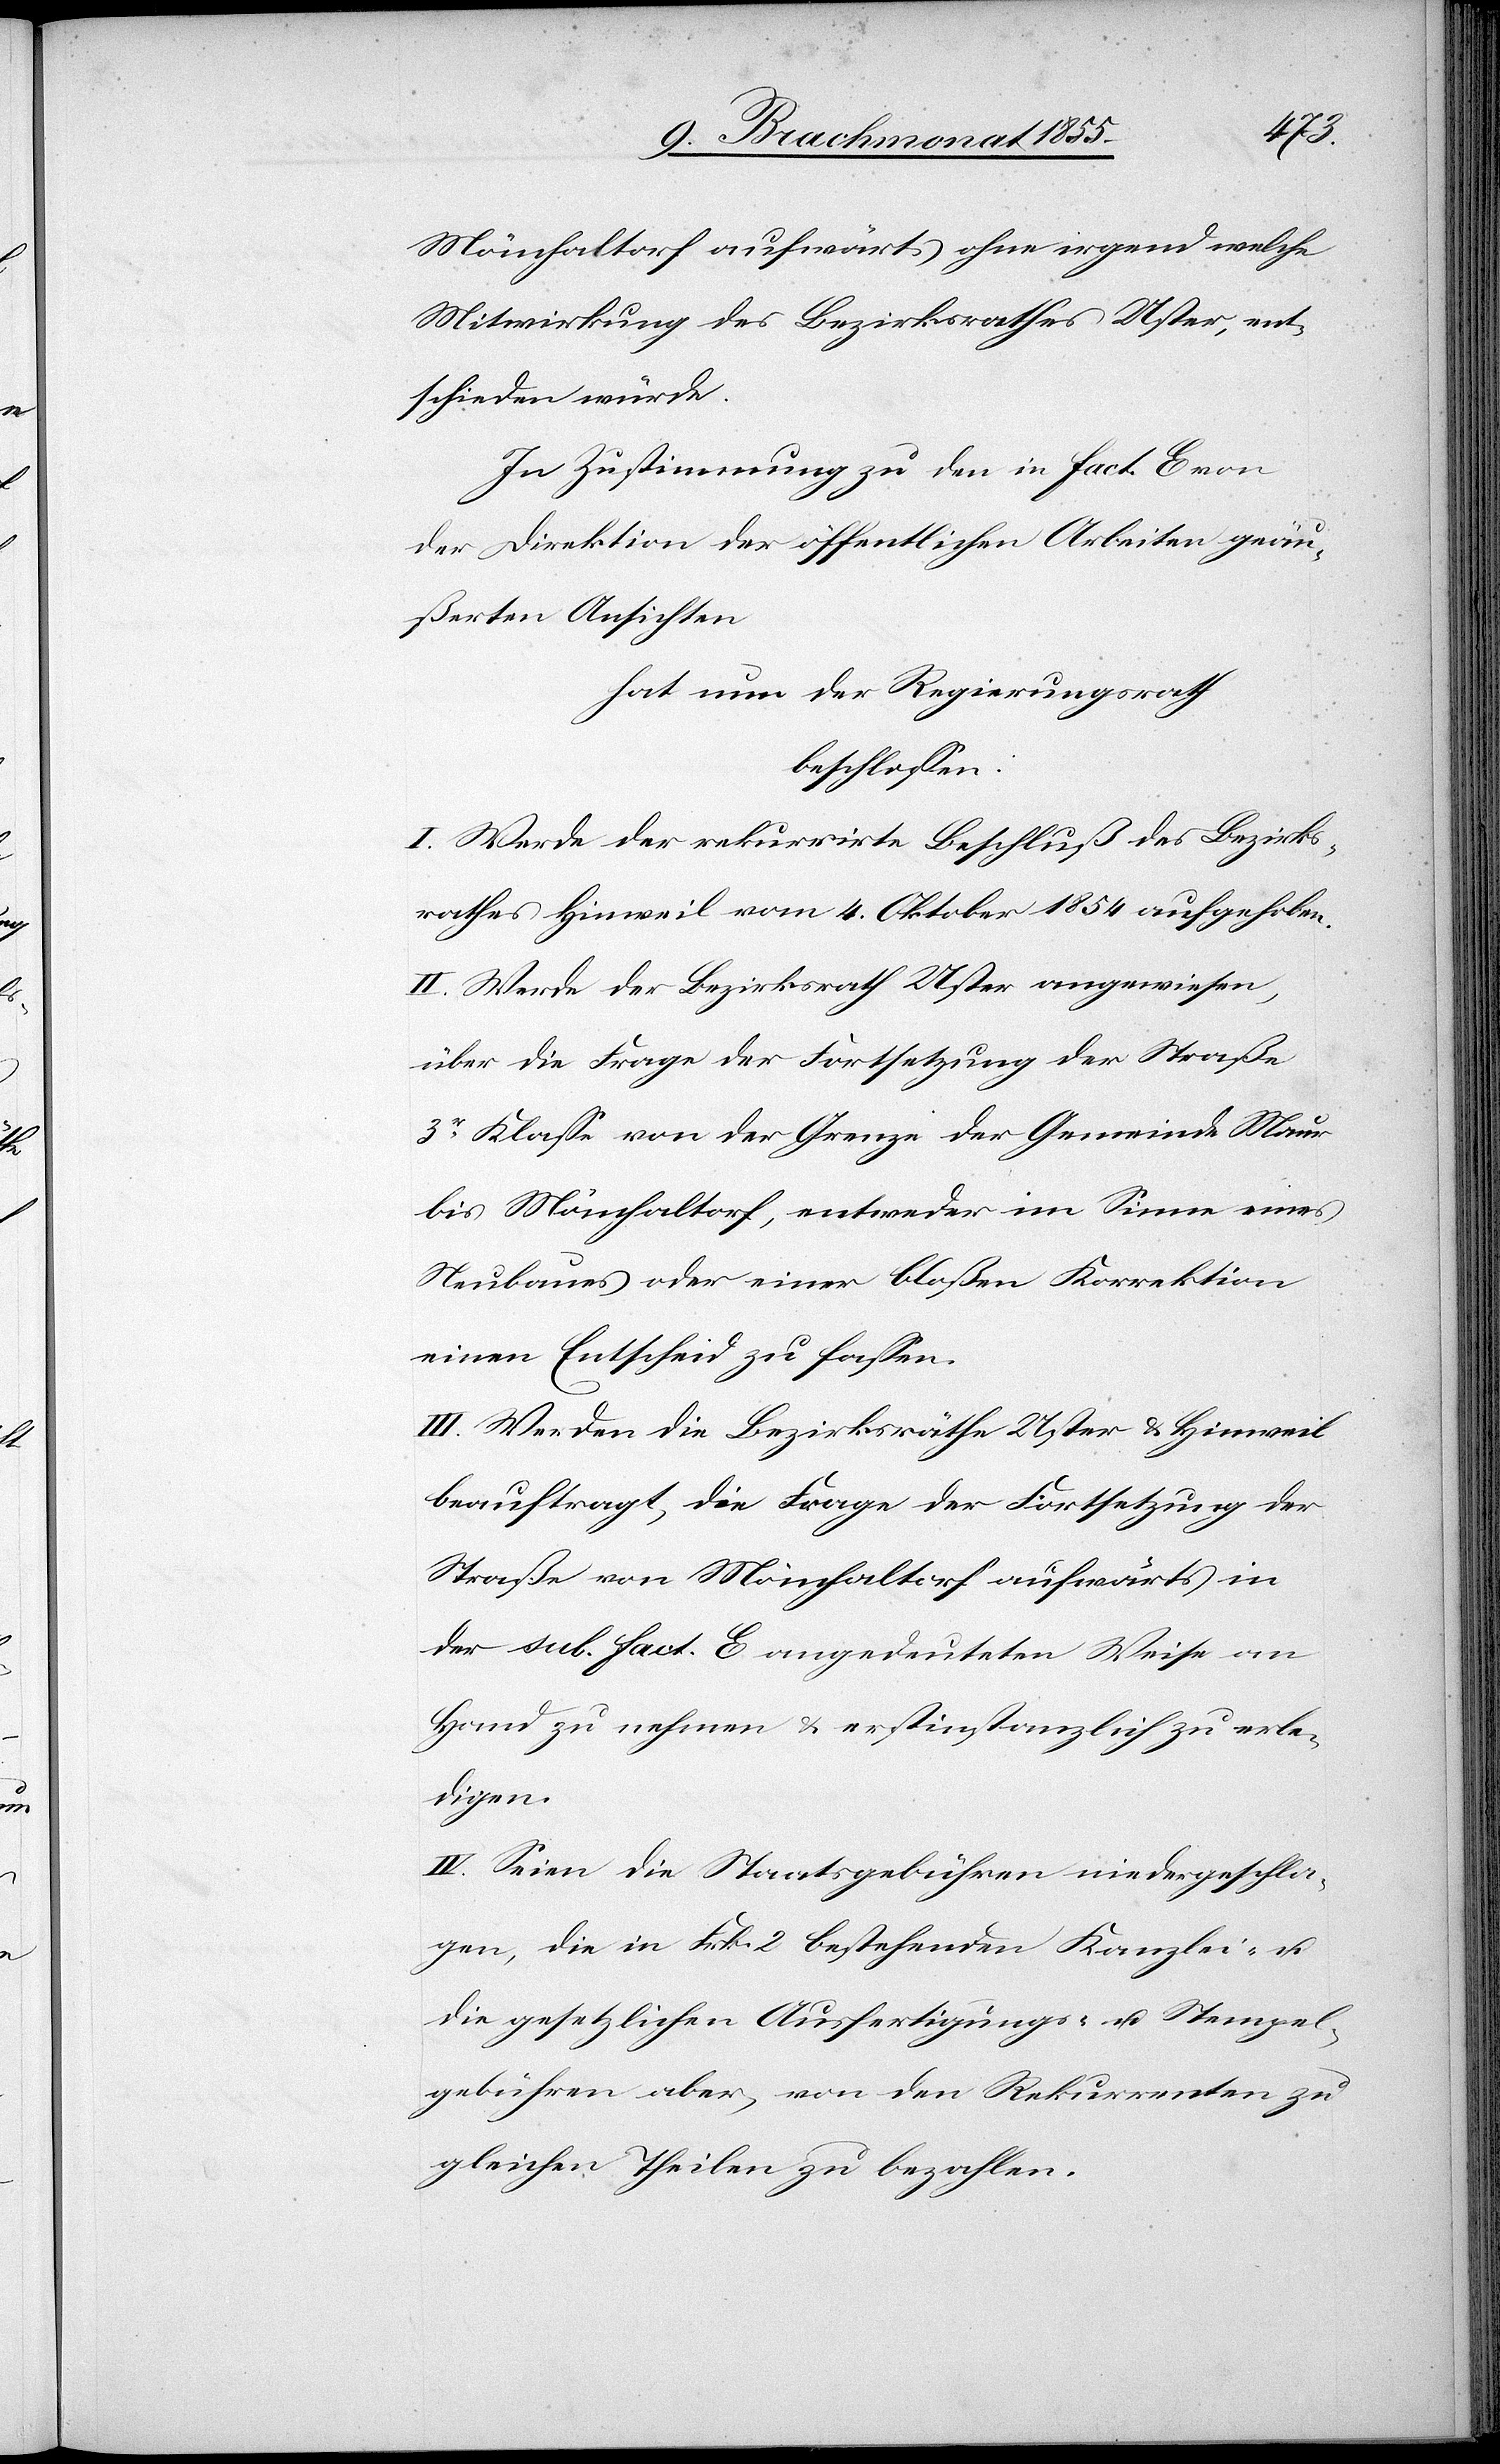
Mönchaltorf aufwärts ohne irgend welche
Mitwirkung des Bezirksrathes Uster, ent¬
schieden würde.
In Zustimmung zu den in Fact. E von
der Direktion der öffentlichen Arbeiten geäu¬
ßerten Ansichten
hat nun der Regierungsrath
beschlossen:
I. Werde der rekurrirte Beschluß des Bezirks¬
rathes Hinweil vom 4. Oktober 1854 aufgehoben.
II. Werde der Bezirksrath Uster angewiesen,
über die Frage der Fortsetzung der Straße
3r Klasse von der Grenze der Gemeinde Maur
bis Mönchaltorf, entweder im Sinne eines
Neubaues oder einer bloßen Korrektion
einen Entscheid zu fassen.
III. Werden die Bezirksräthe Uster & Hinweil
beauftragt, die Frage der Fortsetzung der
Straße von Mönchaltorf aufwärts in
der sub. Fact. E angedeuteten Weise an
Hand zu nehmen & erstinstanzlich zu erle¬
digen.
IV. Seien die Staatsgebühren niedergeschla¬
gen, die in Frk. 2 bestehenden Kanzlei- u.
die gesetzlichen Ausfertigungs- u. Stempel¬
gebühren aber, von den Rekurrenten zu
gleichen Theilen zu bezahlen.